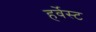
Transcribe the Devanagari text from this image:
हर्वेस्ट